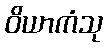
ဝိယာကံသု